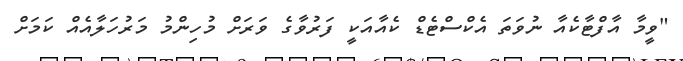
"ވީމާ އާފްޓާކެއާ ނުވަތަ އެކްސްޓެޑް ކެއާއަކީ ފަރުވާގެ ވަރަށް މުހިންމު މަރުހަލާއެއް ކަމަށް